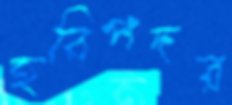
হরিপদর